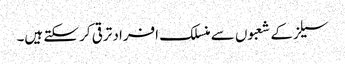
سیلزکے شعبوں سے منسلک افراد ترقی کر سکتے ہیں۔